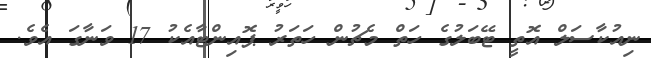
ނިއުކާސަލް އޮތީ ޓޭބަލުގެ ހަތް މެޗުން ހަތަރު ޕޮއިންޓާއެކު 17 ވަނާގަ އެވެ.